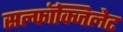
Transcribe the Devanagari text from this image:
सल्फॉक्जिलेट